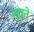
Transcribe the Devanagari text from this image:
सुव्रते